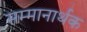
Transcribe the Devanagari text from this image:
सम्मानार्थक